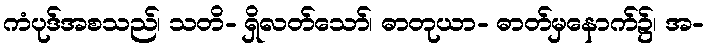
ကံပုဒ်အစသည်၊ သတိ- ရှိလတ်သော်၊ ဓာတုယာ- ဓာတ်မှနောက်၌၊ အ-